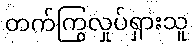
တက်ကြွလှုပ်ရှားသူ